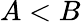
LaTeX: A<B